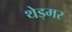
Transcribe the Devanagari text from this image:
थेड्मर